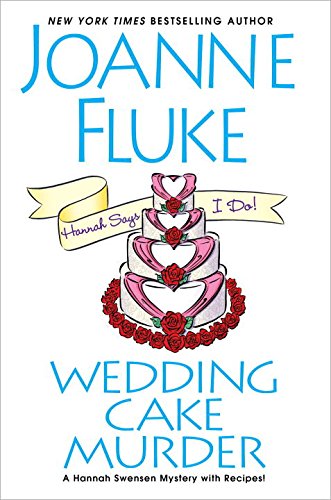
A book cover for Wedding Cake Murder (A Hannah Swensen Mystery); Joanne Fluke; Mystery, Thriller & Suspense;